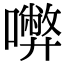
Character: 𡃇